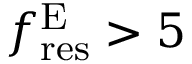
f _ { \mathrm { r e s } } ^ { \mathrm { E } } > 5